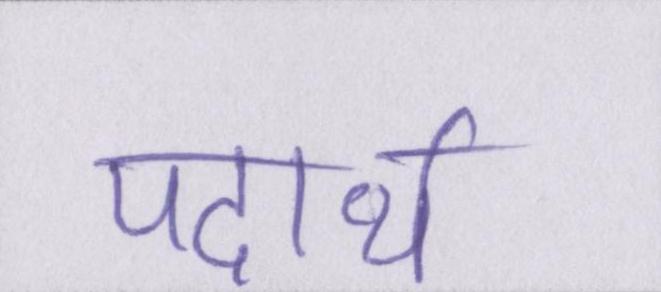
पदार्थ